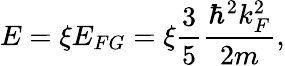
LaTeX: E=\xi E_{FG}=\xi\frac{3}{5}\frac{\hbar^{2}k_{F}^{2}}{2m},